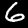
Label: 6